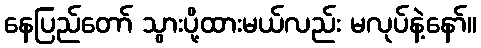
နေပြည်တော် သွားပို့ထားမယ်လည်း မလုပ်နဲ့နော်။